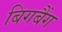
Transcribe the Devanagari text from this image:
बिगबैंग